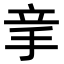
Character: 𥩝